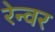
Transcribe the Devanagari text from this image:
रेन्वर